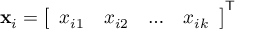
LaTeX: \mathbf { x } _ { i } = { \left[ \begin{array} { l l l l } { x _ { i 1 } } & { x _ { i 2 } } & { \dots } & { x _ { i k } } \end{array} \right] } ^ { \mathsf { T } }